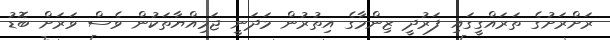
ރަށްރަށުގެ ތަަރައްގީގައި ފަރުދީ ޒިންމާގެ އިތުރުން މަދަނީ ޖަމިއްޔާތަކުން ވެސް ވަރަށް ބޮޑު